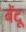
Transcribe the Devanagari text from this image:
बेंदू